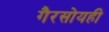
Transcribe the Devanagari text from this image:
गैरसोयही